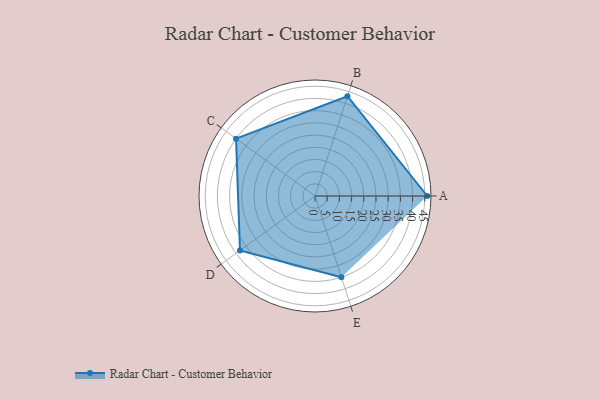
{"axis": {"x": "Skill", "y": "Score"}, "legend": ["Profile"], "data": [{"x": "A", "y": 46.0, "type": "Profile"}, {"x": "B", "y": 43.0, "type": "Profile"}, {"x": "C", "y": 40.0, "type": "Profile"}, {"x": "D", "y": 38.0, "type": "Profile"}, {"x": "E", "y": 35.0, "type": "Profile"}]}